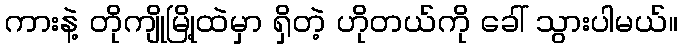
ကားနဲ့ တိုကျိုမြို့ထဲမှာ ရှိတဲ့ ဟိုတယ်ကို ခေါ် သွားပါမယ်။